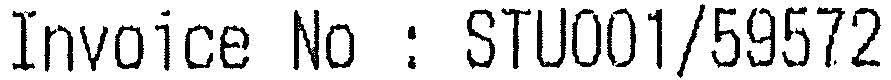
INVOICE NO : STU001/59572